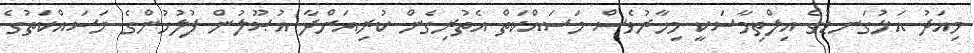
މިއަދު އަޅުގަނޑުގެ އިލްތިމާސަކީ މިހާރުވެސް މަސައްކަތް އެތުރިގެން ކުރިއަށްދާ އުޞޫލުން ފުލުހުންގެ މަސައްކަތުގެ